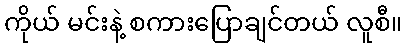
ကိုယ် မင်းနဲ့ စကားပြောချင်တယ် လူစီ။